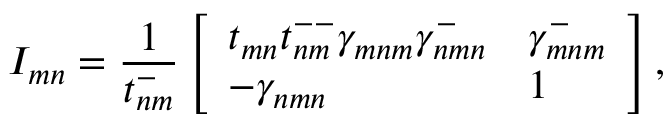
I _ { m n } = \frac { 1 } { t _ { n m } ^ { - } } \left[ \begin{array} { l l } { t _ { m n } t _ { n m } ^ { -- } \gamma _ { m n m } \gamma _ { n m n } ^ { - } } & { \gamma _ { m n m } ^ { - } } \\ { - \gamma _ { n m n } } & { 1 } \end{array} \right] ,